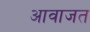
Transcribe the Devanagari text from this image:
आवाजत